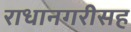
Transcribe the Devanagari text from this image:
राधानगरीसह